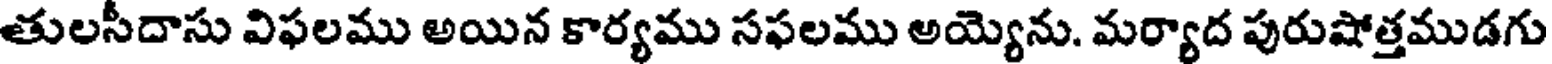
తులసీదాసు విఫలము అయిన కార్యము సఫలము అయ్యెను. మర్యాద పురుషోత్తముడగు